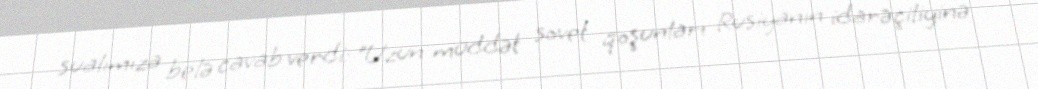
sualımıza belə cavab verdi: “Uzun müddət sovet qoşunları Rusiyanın idarəçiliyinə